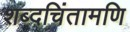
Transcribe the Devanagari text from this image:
शब्दचिंतामणि